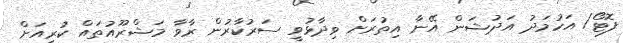
ފޮޓޯ/ އަހުމަދު އަދުޝަން އޭނާ އިތުރަށް ވިދާޅުވީ ސަރުކާރުން ރާވާ މަޝްރޫއުތައް ކުރިއަށް